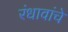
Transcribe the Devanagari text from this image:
रंधावांचे